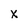
Character: x